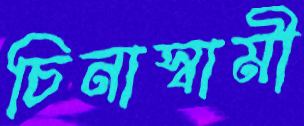
চিনাস্বামী